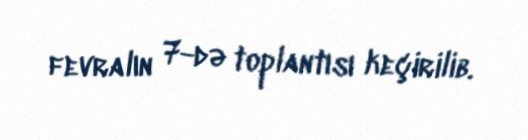
fevralın 7-də toplantısı keçirilib.